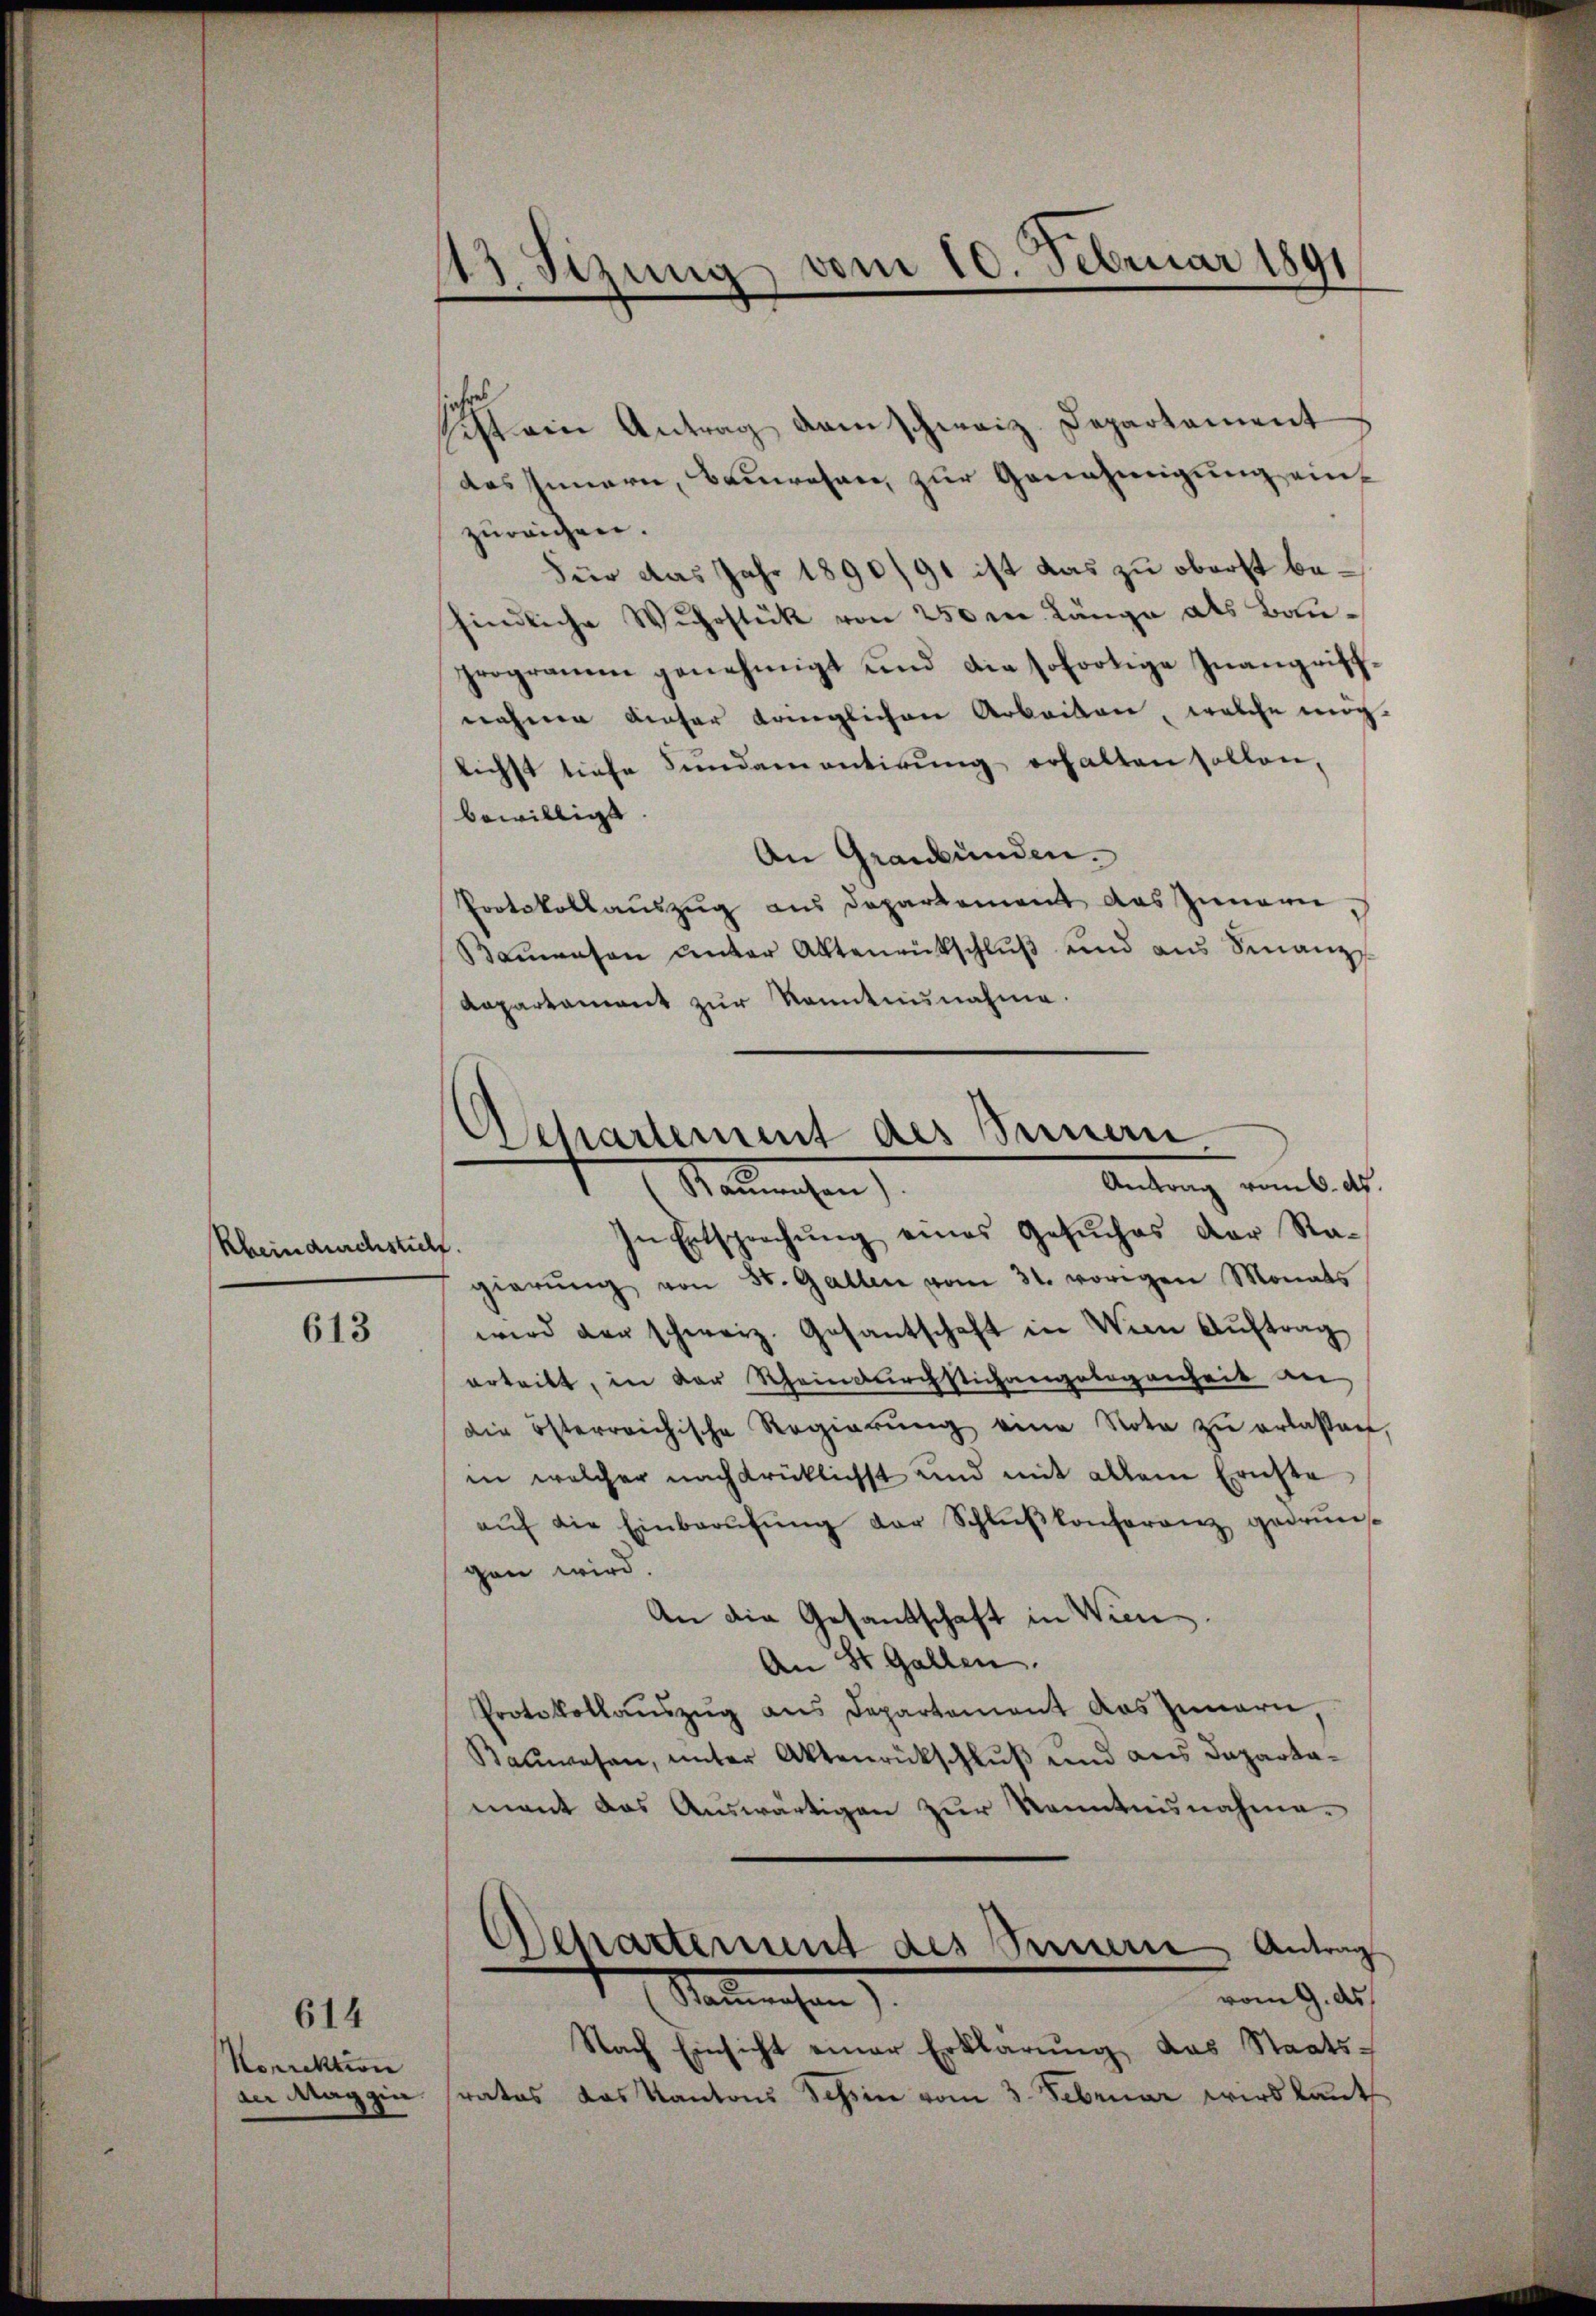
Rheindurchstich.
613

Korrektion
der Maggin

614

113. Sizung vom 10. Februar 1891

sicht ein Antrag dem schweiz. Departement
des Innern, Bauwesen, zur Genehmigung einzureichen.
Für das Jahr 1890/91 ist das zu oberst befindliche Wuhrstük von 250 m Länge als Bauprogramm genehmigt und die sofortige Inangriffnahme dieser Königlichen Arbeiten, welche ung
lichst tiefe Fundamentirung erhalten sollen,
bewilligt
An Graubünden.
Protokollauszug aus Departement das Innern
Baŭwesen unter Aktenrückschlŭβ und aus Sinanz
Kapartament zur Kenntnisnahme.
In Entsprechŭng eines Gesŭches der Ra-
gierŭng von St. Gallen vom 31. vorigen Monats
wird den schweiz. Gesantschaft in Wien Auftrag
erteilt, in der Scheindurchstichangelegenheit ain
die österreichische Regierŭng eine Nota zŭ erlassen,
in welcher nachdrüklichst und mit allem Ernste
aŭf die Einbarŭfŭng der Schlŭβkonferenz gedrŭn-
gen wird.
An die Gesandschaft in Wien
An St. Gallen.
Protokollaŭszŭg ans Departement das Innern,
Bauwesen, unter Aktenrückschluß und aus Departamant das Auswärtigen zur Kenntnisnahme.
Separtement des Sinnern Antrag
vom 9. ds.
Stammengen
Nach Einsicht einer Erklärŭng das Staats-
rates das Kantons Tessin vom 3. Februar wird laut

Departement des einern
Antrag vom 6. d.
Neumanchen